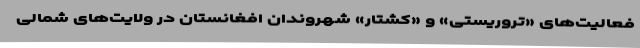
فعالیت‌های «تروریستی» و «کشتار» شهروندان افغانستان در ولایت‌های شمالی